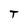
Character: t